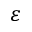
\varepsilon